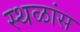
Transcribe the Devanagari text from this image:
स्थळांस